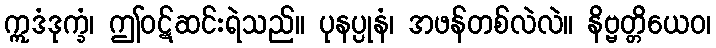
ဣဒံဒုက္ခံ၊ ဤဝဋ်ဆင်းရဲသည်။ ပုနပ္ပုနံ၊ အဖန်တစ်လဲလဲ။ နိဗ္ဗတ္တိယေဝ၊